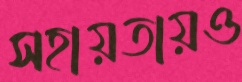
সহায়তায়ও